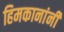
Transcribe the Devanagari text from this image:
हिमकानांनी